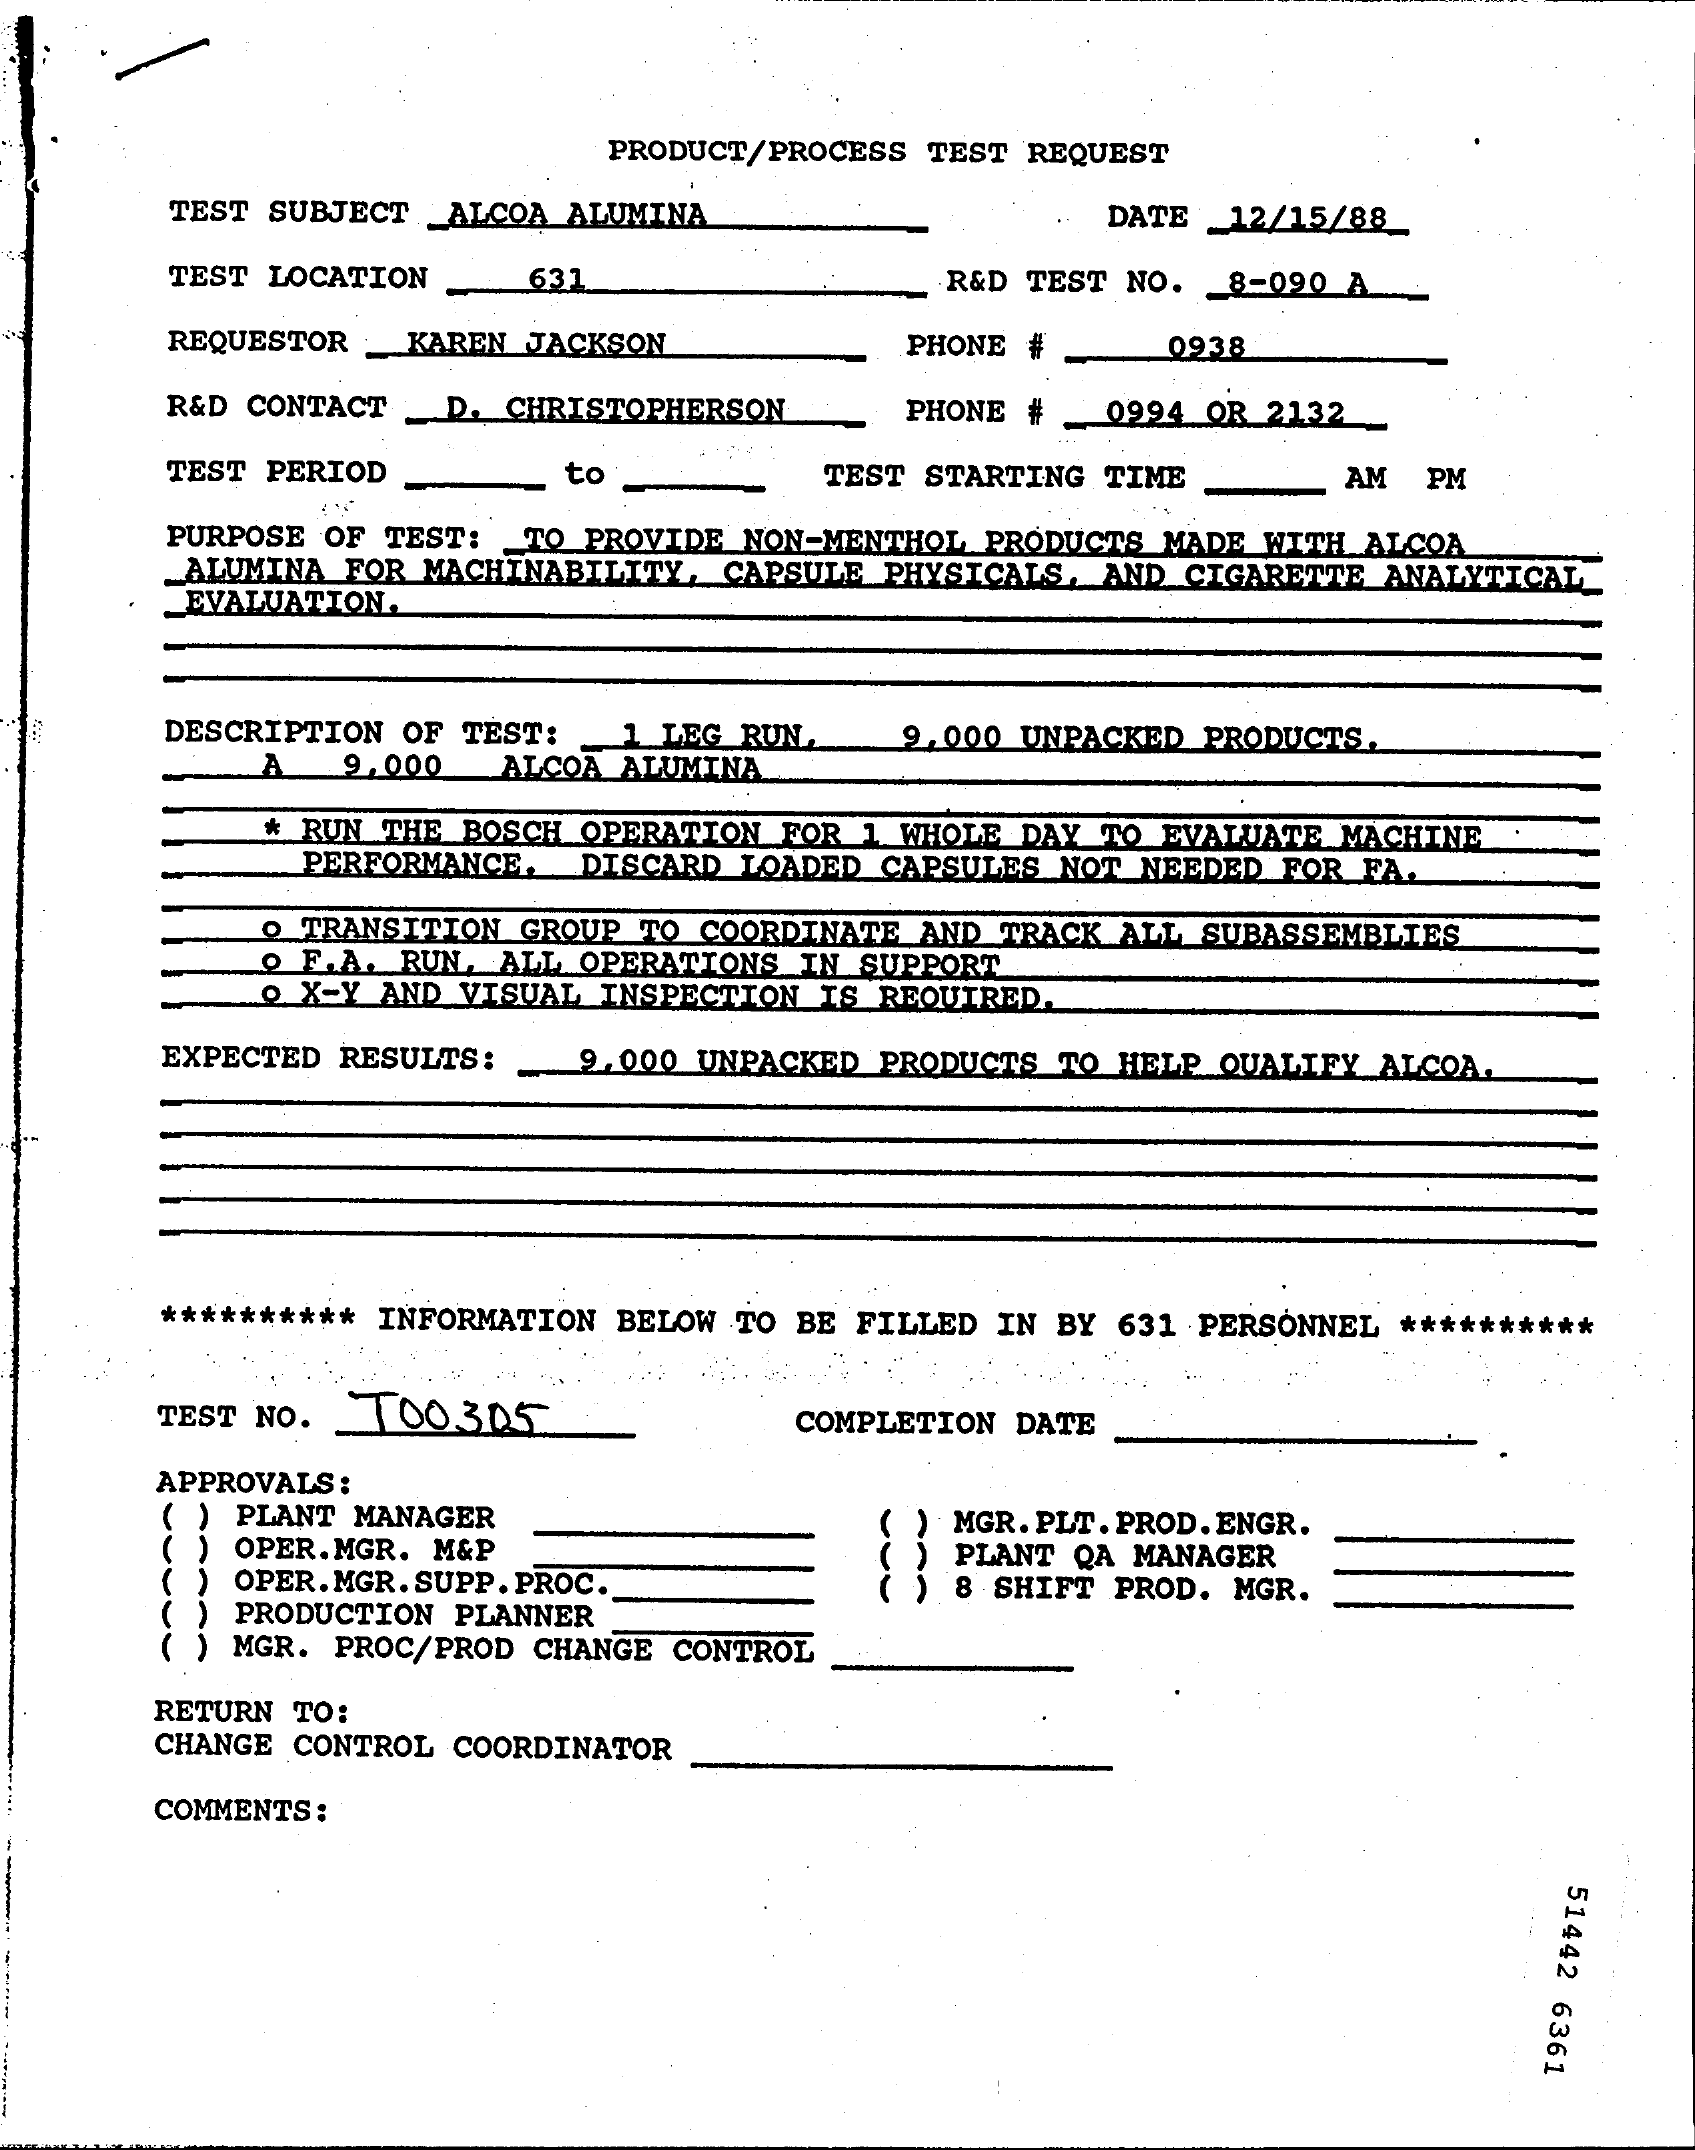
PRODUCT/PROCESS TEST REQUEST
     TEST SUBJECT _ALCOA ALUMINA    DATE  12/15/88_
     TEST LOCATION   631    R&D TEST NO. 8-090 A
     REQUESTOR _KAREN JACKSON    PHONE #    0938
     R&D CONTACT D. CHRISTOPHERSON    PHONE    0994 OR 2132
     TEST PERIOD    to    TEST STARTING TIME    AM  PM
     PURPOSE OF TEST: TO PROVIDE NON-MENTHOL PRODUCTS MADE WITH ALCOA
     _EVALUATION.
     _ALUMINA FOR MACHINABILITY, CAPSULE PHYSICALS, AND CIGARETTE ANALYTICAL
     DESCRIPTION OF TEST: 1 LEG RUN.  9.000 UNPACKED PRODUCTS.
     A   9,000  ALCOA ALUMINA
     * RUN THE BOSCH OPERATION FOR 1 WHOLE DAY TO EVALUATE MACHINE
     PERFORMANCE, DISCARD LOADED CAPSULES NOT NEEDED FOR FA.
     o TRANSITION GROUP TO COORDINATE AND TRACK ALL SUBASSEMBLIES
     O F.A. RUN. ALL OPERATIONS IN SUPPORT
     O X-Y AND VISUAL INSPECTION IS REQUIRED.
     EXPECTED RESULTS:  9.000 UNPACKED PRODUCTS TO HELP QUALIFY ALCOA.
     ********** INFORMATION BELOW TO BE FILLED IN BY 631 PERSONNEL **********
     TEST NO.  700.305    COMPLETION DATE
     APPROVALS :
     ) PLANT MANAGER
     ) OPER.MGR. M&P
     MGR. PLT. PROD. ENGR.
     OPER. MGR. SUPP. PROC.
     PLANT QA MANAGER
     ) 8 SHIFT PROD. MGR.
     PRODUCTION PLANNER
     ) MGR. PROC/PROD CHANGE CONTROL
     RETURN TO:
     CHANGE CONTROL COORDINATOR
     COMMENTS :
     51442
     6361